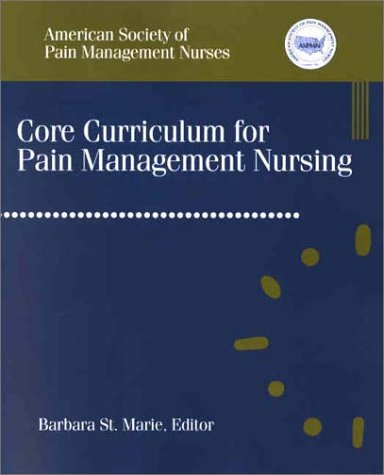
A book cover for Core Curriculum for Pain Management Nursing, 1e; ASPMN; Medical Books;